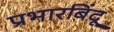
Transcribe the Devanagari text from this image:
प्रभारबिंदू